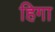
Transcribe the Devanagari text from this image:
हिगा